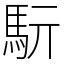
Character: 䭼